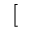
[